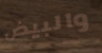
والبيض